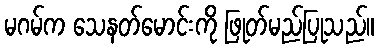
မဂမ်က သေနတ်မောင်းကို ဖြုတ်မည်ပြုသည်။